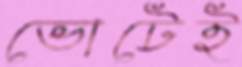
ভোটেই